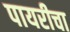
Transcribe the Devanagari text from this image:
पायरीचा